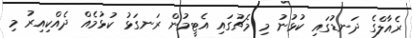
ރެއާލްގެ ދަނޑުގައި ކުޅުނު މި މެޗުގައި އެޓީމުން ރަނގަޅު ކުޅުމެއް ދެއްކިއިރު މި